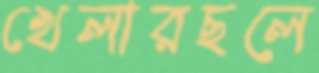
খেলারছলে